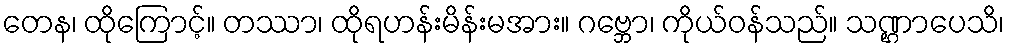
တေန၊ ထိုကြောင့်။ တဿာ၊ ထိုရဟန်းမိန်းမအား။ ဂဗ္ဘော၊ ကိုယ်ဝန်သည်။ သဏ္ဌာပေသိ၊